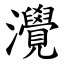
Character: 灚